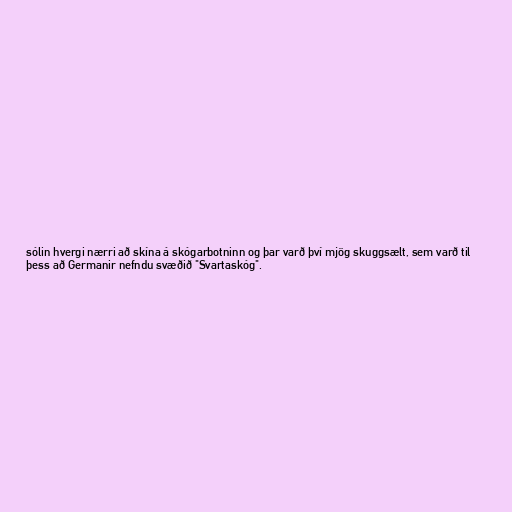
sólin hvergi nærri að skína á skógarbotninn og þar varð því mjög skuggsælt, sem varð til
þess að Germanir nefndu svæðið "Svartaskóg".